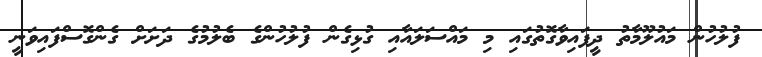
ފުލުހުން މައުލޫމާތު ދީފައިވާގޮތުގައި މި މައްސަލައާއި ގުޅިގެން ފުލުހުންގެ ބެލުމުގެ ދަށަށް ގެންގޮސްފައިވަނީ